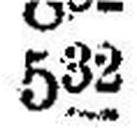
532